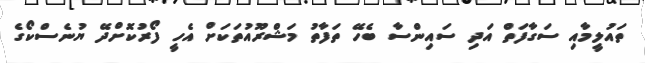
ތައުލީމާއި ސަގާފަތް އަދި ސައިންސާ ބެހޭ ތަފާތު މަޝްރޫއުތަކަށް އެހީ ފޯރުކޮށްދޭ ޔުނެސްކޯގެ